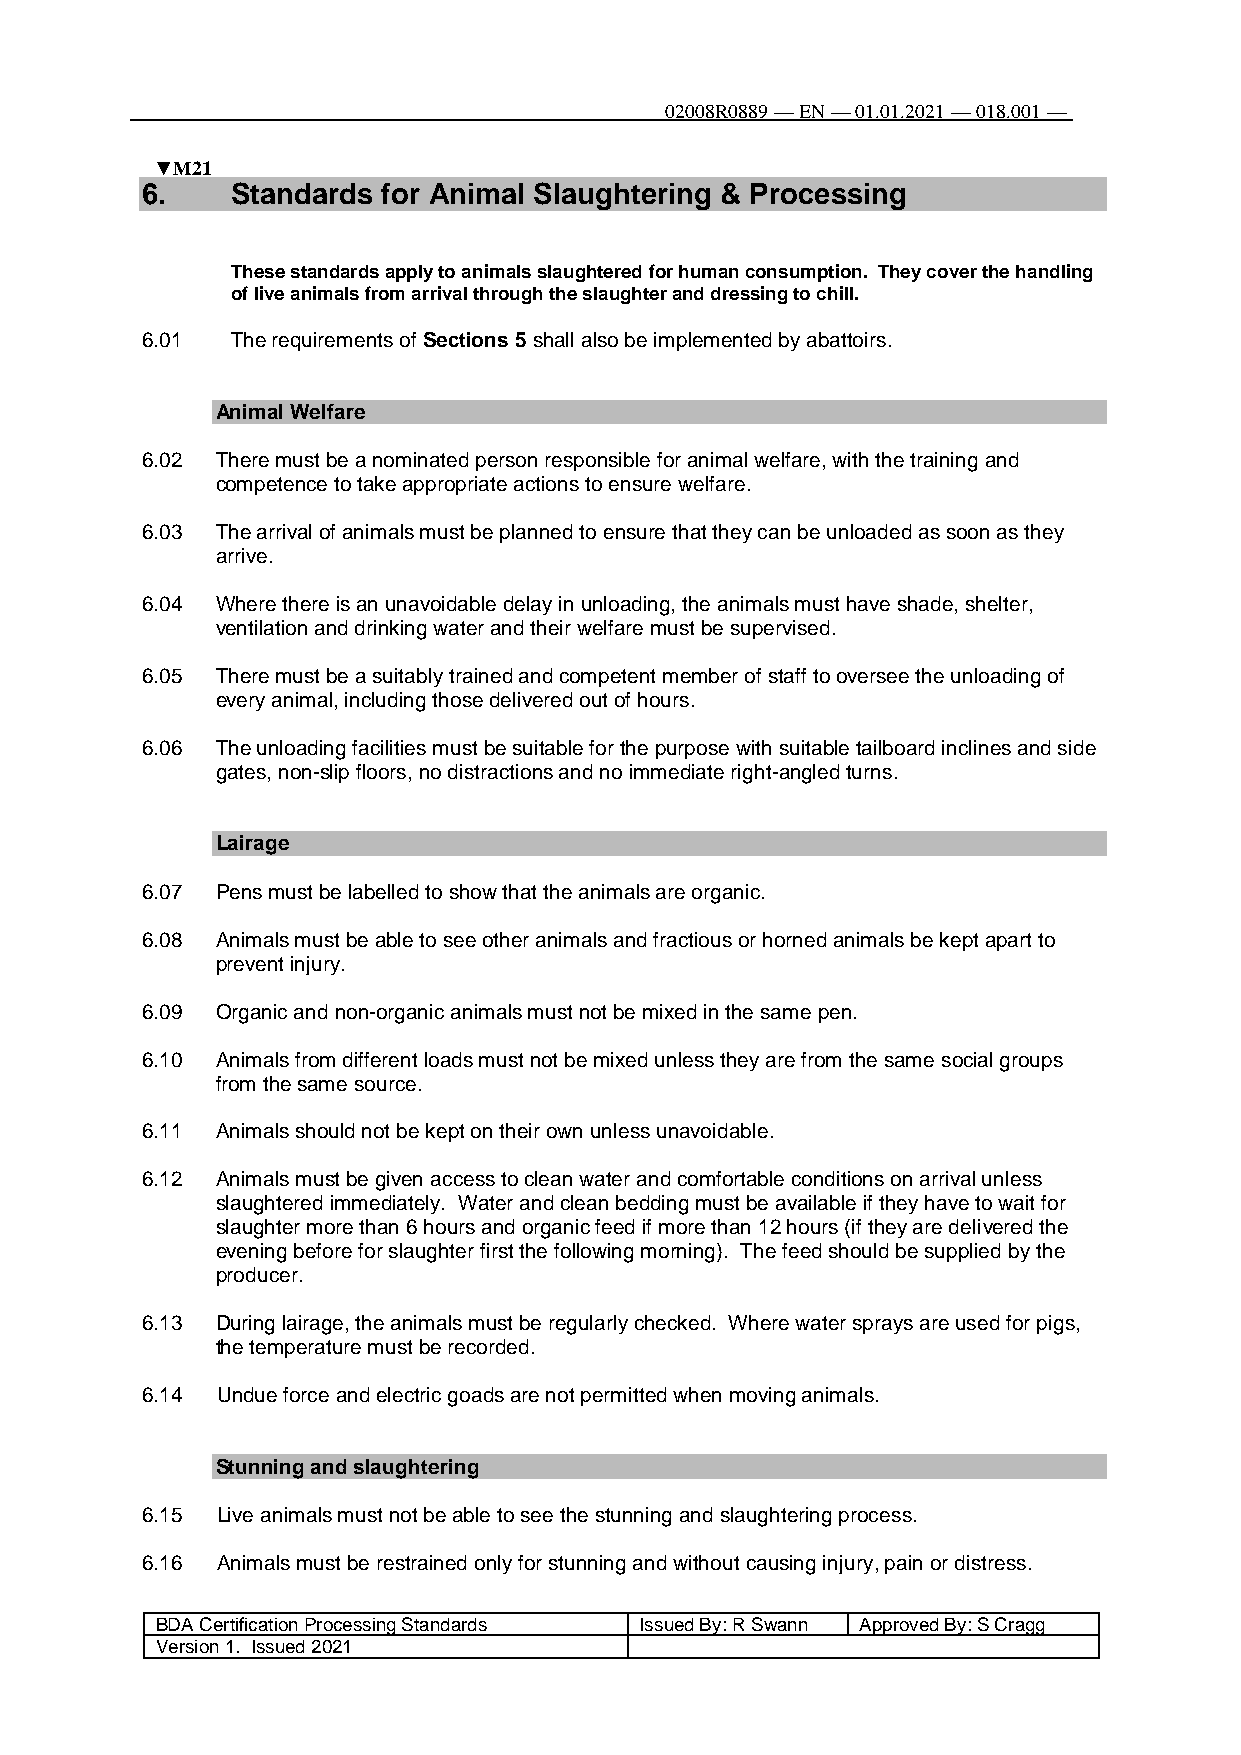
02008R0889 — EN — 01.01.2021 — 018.001 —
 110
 ▼M21
 6.    Standards for Animal Slaughtering & Processing
 These standards apply to animals slaughtered for human consumption. They cover the handling
 of live animals from arrival through the slaughter and dressing to chill.
 6.01  The requirements of Sections 5 shall also be implemented by abattoirs.
 Animal Welfare
 6.02 There must be a nominated person responsible for animal welfare, with the training and
 competence to take appropriate actions to ensure welfare.
 6.03 The arrival of animals must be planned to ensure that they can be unloaded as soon as they
 arrive.
 6.04 Where there is an unavoidable delay in unloading, the animals must have shade, shelter,
 ventilation and drinking water and their welfare must be supervised.
 6.05 There must be a suitably trained and competent member of staff to oversee the unloading of
 every animal, including those delivered out of hours.
 6.06 The unloading facilities must be suitable for the purpose with suitable tailboard inclines and side
 gates, non-slip floors, no distractions and no immediate right-angled turns.
 Lairage
 6.07 Pens must be labelled to show that the animals are organic.
 6.08 Animals must be able to see other animals and fractious or horned animals be kept apart to
 prevent injury.
 6.09 Organic and non-organic animals must not be mixed in the same pen.
 6.10 Animals from different loads must not be mixed unless they are from the same social groups
 from the same source.
 6.11 Animals should not be kept on their own unless unavoidable.
 6.12 Animals must be given access to clean water and comfortable conditions on arrival unless
 slaughtered immediately. Water and clean bedding must be available if they have to wait for
 slaughter more than 6 hours and organic feed if more than 12 hours (if they are delivered the
 evening before for slaughter first the following morning). The feed should be supplied by the
 producer.
 6.13 During lairage, the animals must be regularly checked. Where water sprays are used for pigs,
 the temperature must be recorded.
 6.14 Undue force and electric goads are not permitted when moving animals.
 Stunning and slaughtering
 6.15 Live animals must not be able to see the stunning and slaughtering process.
 6.16 Animals must be restrained only for stunning and without causing injury, pain or distress.
 BDA Certification Processing Standards Issued By: R Swann Approved By: S Cragg
 Version 1. Issued 2021